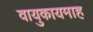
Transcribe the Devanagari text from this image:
वायुकायमाह